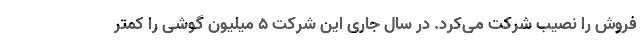
فروش را نصیب شرکت می‌کرد. در سال جاری این شرکت 5 میلیون گوشی را کمتر